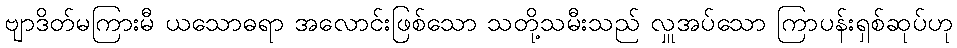
ဗျာဒိတ်မကြားမီ ယသောဓရာ အလောင်းဖြစ်သော သတို့သမီးသည် လှူအပ်သော ကြာပန်းရှစ်ဆုပ်ဟု